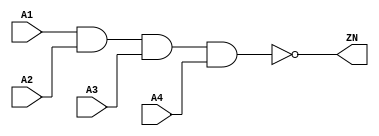
module NAND4_X1 (A1, A2, A3, A4, ZN);
  input A1;
  input A2;
  input A3;
  input A4;
  output ZN;

  not(ZN, i_12);
  and(i_12, i_13, A4);
  and(i_13, i_14, A3);
  and(i_14, A1, A2);


endmodule